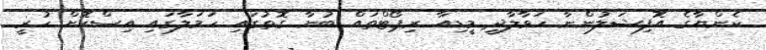
ކެންޔާގެ އޮފިޝަލުންނާ ހަވާލާދީ މީޑިއާ ރިޕޯޓްތައް ބުނާ ގޮތުގައި ހަމަލާގައި އިސްކޮށް ހުރީ